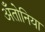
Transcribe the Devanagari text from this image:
अँतोनिया